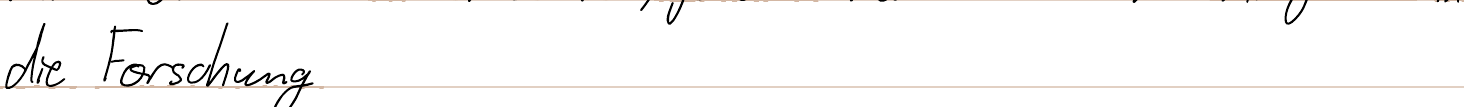
die Forschung